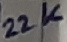
Text: 22K